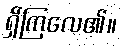
ရှိကြလေ၏။